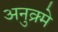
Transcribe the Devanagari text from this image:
अनुक्र्मे